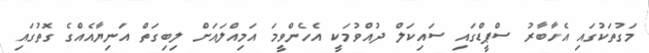
މަގުތަކުގައި އެހާބާރު ސްޕީޑްގައި ސައިކަލް ދުއްވުމަކީ އެހެންވީމަ އަމިއްލައަށް ލިބިގަތް އަނިޔާއެއްގެ ގޮތުގައި